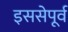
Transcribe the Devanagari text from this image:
इससेपूर्व